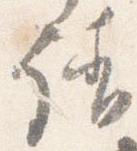
請